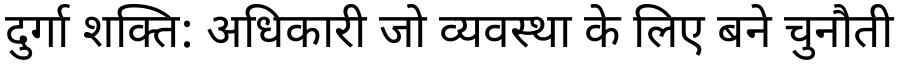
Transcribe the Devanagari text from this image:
दुर्गा शक्ति: अधिकारी जो व्यवस्था के लिए बने चुनौती